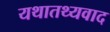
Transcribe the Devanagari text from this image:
यथातथ्यवाद